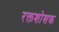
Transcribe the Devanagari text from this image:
रक्तशोशक